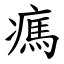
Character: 㾺